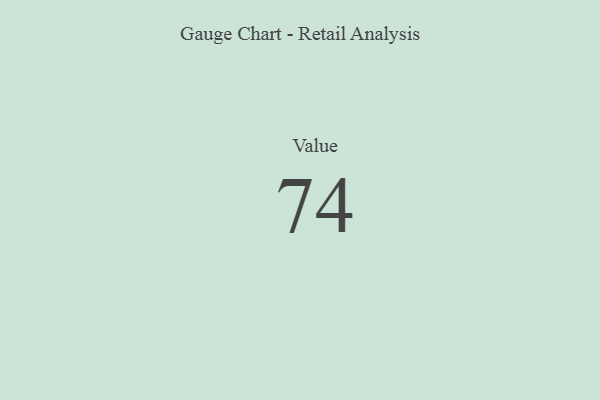
{"axis": {"x": "Metric", "y": "Value"}, "legend": [""], "data": [{"x": "Value", "y": 74, "type": ""}]}